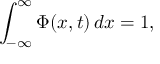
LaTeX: \int _ { - \infty } ^ { \infty } \Phi ( x , t ) \, d x = 1 ,